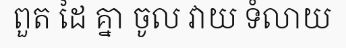
ពួត ដៃ គ្នា ចូល វាយ ទំលាយ